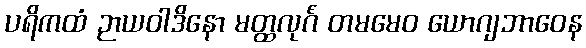
ပရိကထံ ဉာယဝါဒိနော မတ္ထလုင်္ဂံ တမမေဝ ယောဂျဘာဝေန